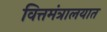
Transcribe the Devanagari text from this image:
वित्तमंत्रालयात